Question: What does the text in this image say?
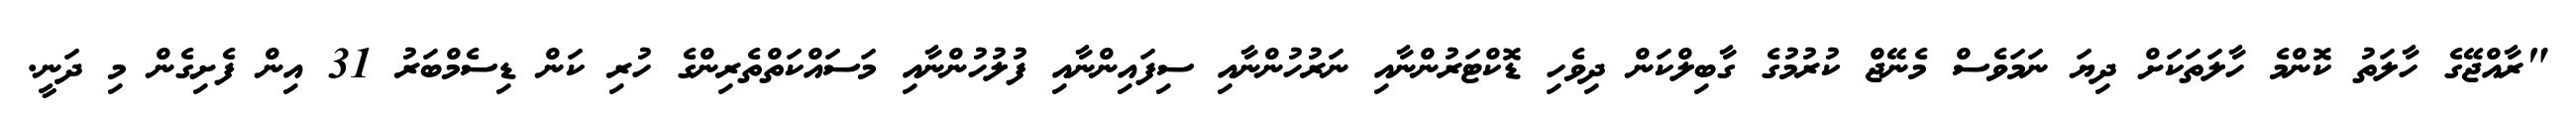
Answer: "ރާއްޖޭގެ ހާލަތު ކޮންމެ ހާލަތަކަށް ދިޔަ ނަމަވެސް މެނޭޖް ކުރުމުގެ ގާބިލްކަން ދިވެހި ޑޮކްޓަރުންނާއި ނަރުހުންނާއި ސިފައިންނާއި ފުލުހުންނާއި މަސައްކަތްތެރިންގެ ހުރި ކަން ޑިސެމްބަރު 31 އިން ފެށިގެން މި ދަނީ.